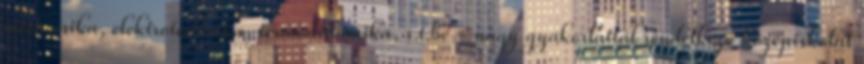
mechanika, elektrotechnika, termodinamika, s.t.b. - nagy gyakorlattal rendelkező középiskolai